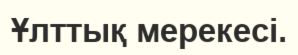
Ұлттық мерекесі.